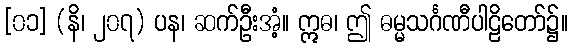
[၀၁] (နိ၊ ၂၀၇) ပန၊ ဆက်ဦးအံ့။ ဣဓ၊ ဤ ဓမ္မသင်္ဂဏီပါဠိတော်၌။